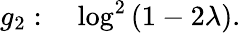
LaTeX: g_{2}:\quad\log^{2}\left(1-2\lambda\right).